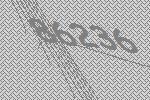
86236